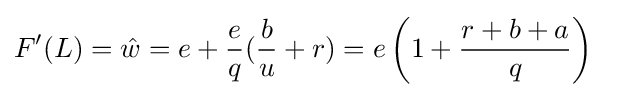
F'(L)={\hat {w}}=e+{\frac {e}{q}}({\frac {b}{u}}+r)=e\left(1+{\frac {r+b+a}{q}}\right)\;\;